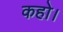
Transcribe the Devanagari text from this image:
कहो।